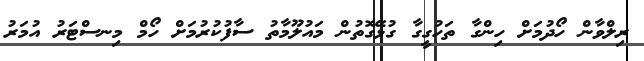
ރިލްވާން ހޯދުމަށް ހިންގާ ތަހުގީގާ ގުޅޭގޮތުން މައުލޫމާތު ސާފުކުރުމަށް ހޯމް މިނސްޓަރު އުމަރު